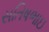
સતિષભાઇ